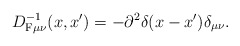
\begin{align*} D^{-1}_{{\rm F}\mu\nu}(x,x')=-\partial^2 \delta(x-x')\delta_{\mu\nu}.\end{align*}